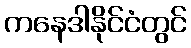
ကနေဒါနိုင်ငံတွင်